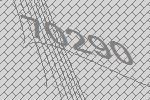
70290